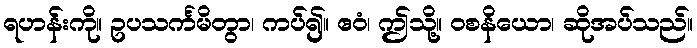
ရဟန်းကို။ ဥပသင်္ကမိတွာ၊ ကပ်၍။ ဧဝံ၊ ဤသို့။ ဝစနိယော၊ ဆိုအပ်သည်။